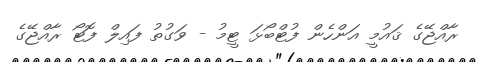
ރާއްޖޭގެ ޤައުމީ އަންހެން ފުޓްބޯޅަ ޓީމު - ވަގުތު ފައިލް ފޮޓޯ ރާއްޖޭގެ